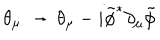
LaTeX: \theta _ { \mu } \, \to \, \theta _ { \mu } - i { \tilde { \phi } } ^ { * } \partial _ { \mu } { \tilde { \phi } }